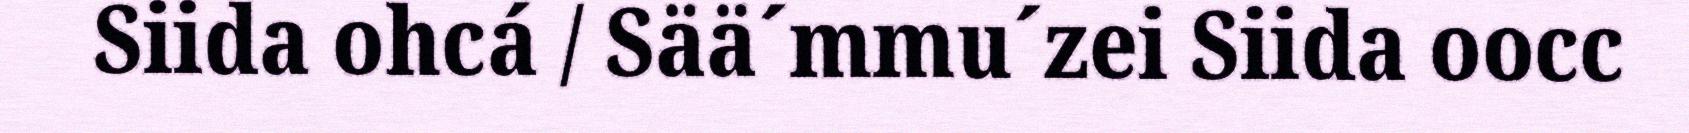
Siida ohcá / Sää´mmu´zei Siida oocc